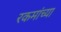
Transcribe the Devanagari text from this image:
रकमांच्या